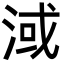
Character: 淢